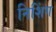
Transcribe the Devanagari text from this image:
निशिंग